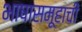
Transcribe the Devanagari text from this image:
भाषासमूहाची